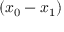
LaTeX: ( x _ { 0 } - x _ { 1 } )